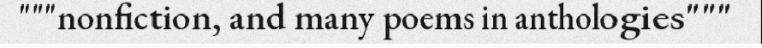
"""nonfiction, and many poems in anthologies"""